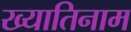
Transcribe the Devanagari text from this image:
ख्यातिनाम